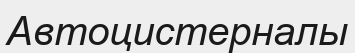
Автоцистерналы